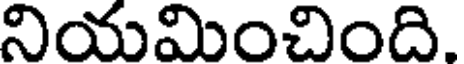
నియమించింది.